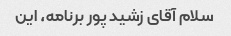
سلام آقای زشید پور برنامه، این